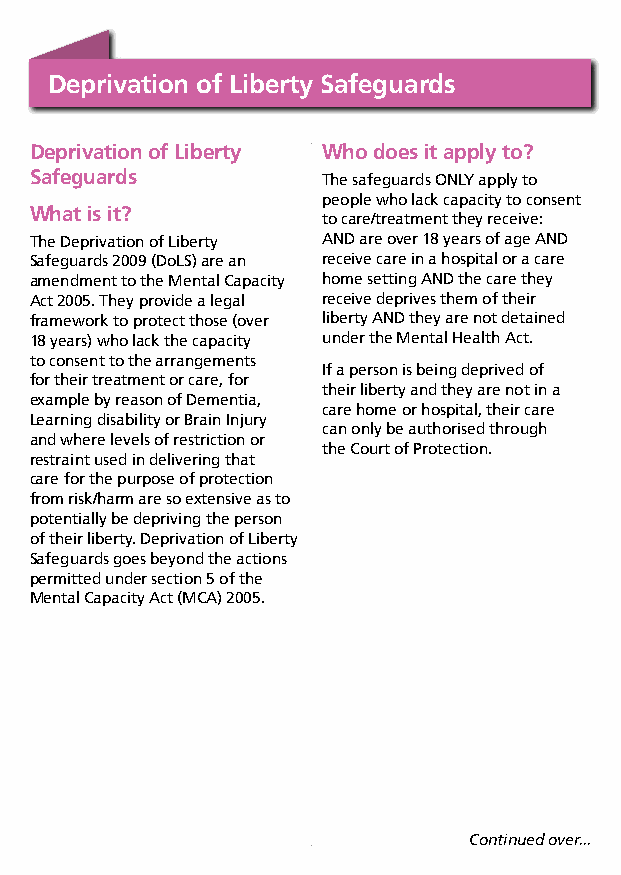
Deprivation of Liberty Safeguards
 Deprivation of Liberty Who does it apply to?
 Safeguards         The safeguards ONLY apply to
 people who lack capacity to consent
 What is it?
 to care/treatment they receive:
 The Deprivation of Liberty AND are over 18 years of age AND
 Safeguards 2009 (DoLS) are an receive care in a hospital or a care
 amendment to the Mental Capacity home setting AND the care they
 Act 2005. They provide a legal receive deprives them of their
 framework to protect those (over liberty AND they are not detained
 18 years) who lack the capacity under the Mental Health Act.
 to consent to the arrangements
 If a person is being deprived of
 for their treatment or care, for
 their liberty and they are not in a
 example by reason of Dementia,
 care home or hospital, their care
 Learning disability or Brain Injury
 can only be authorised through
 and where levels of restriction or
 the Court of Protection.
 restraint used in delivering that
 care for the purpose of protection
 from risk/harm are so extensive as to
 potentially be depriving the person
 of their liberty. Deprivation of Liberty
 Safeguards goes beyond the actions
 permitted under section 5 of the
 Mental Capacity Act (MCA) 2005.
 Continued over...